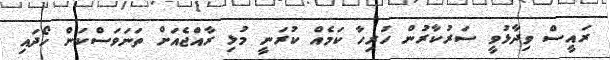
ރައީސް ވިދާޅުވީ ސަރުކާރުން ހުރިހާ ކަމެއް ކުރަނީ މުޅި ރާއްޖެއަށް ތަނަވަސްކަން ހޯދައި